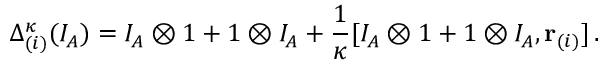
\Delta _ { ( i ) } ^ { \kappa } ( I _ { A } ) = I _ { A } \otimes 1 + 1 \otimes I _ { A } + \frac { 1 } { \kappa } [ I _ { A } \otimes 1 + 1 \otimes I _ { A } , { \bf r } _ { ( i ) } ] \, .